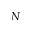
N